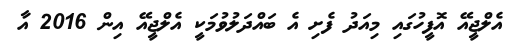
އެލްޖީއޭ އޮފީހުގައި މިއަދު ފެށި އެ ބައްދަލުވުމަކީ އެލްޖީއޭ އިން 2016 އާ